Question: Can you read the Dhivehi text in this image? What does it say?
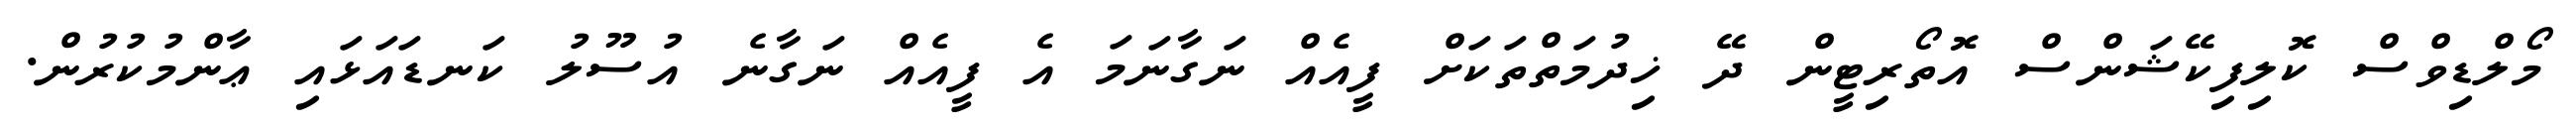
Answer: މޯލްޑިވްސް ކޮލިފިކޭޝަންސް އޮތޯރިޓީން ދޭ ޚިދުމަތްތަކަށް ފީއެއް ނަގާނަމަ އެ ފީއެއް ނަގާނެ އުސޫލު ކަނޑައަޅައި ޢާންމުކުރުން.